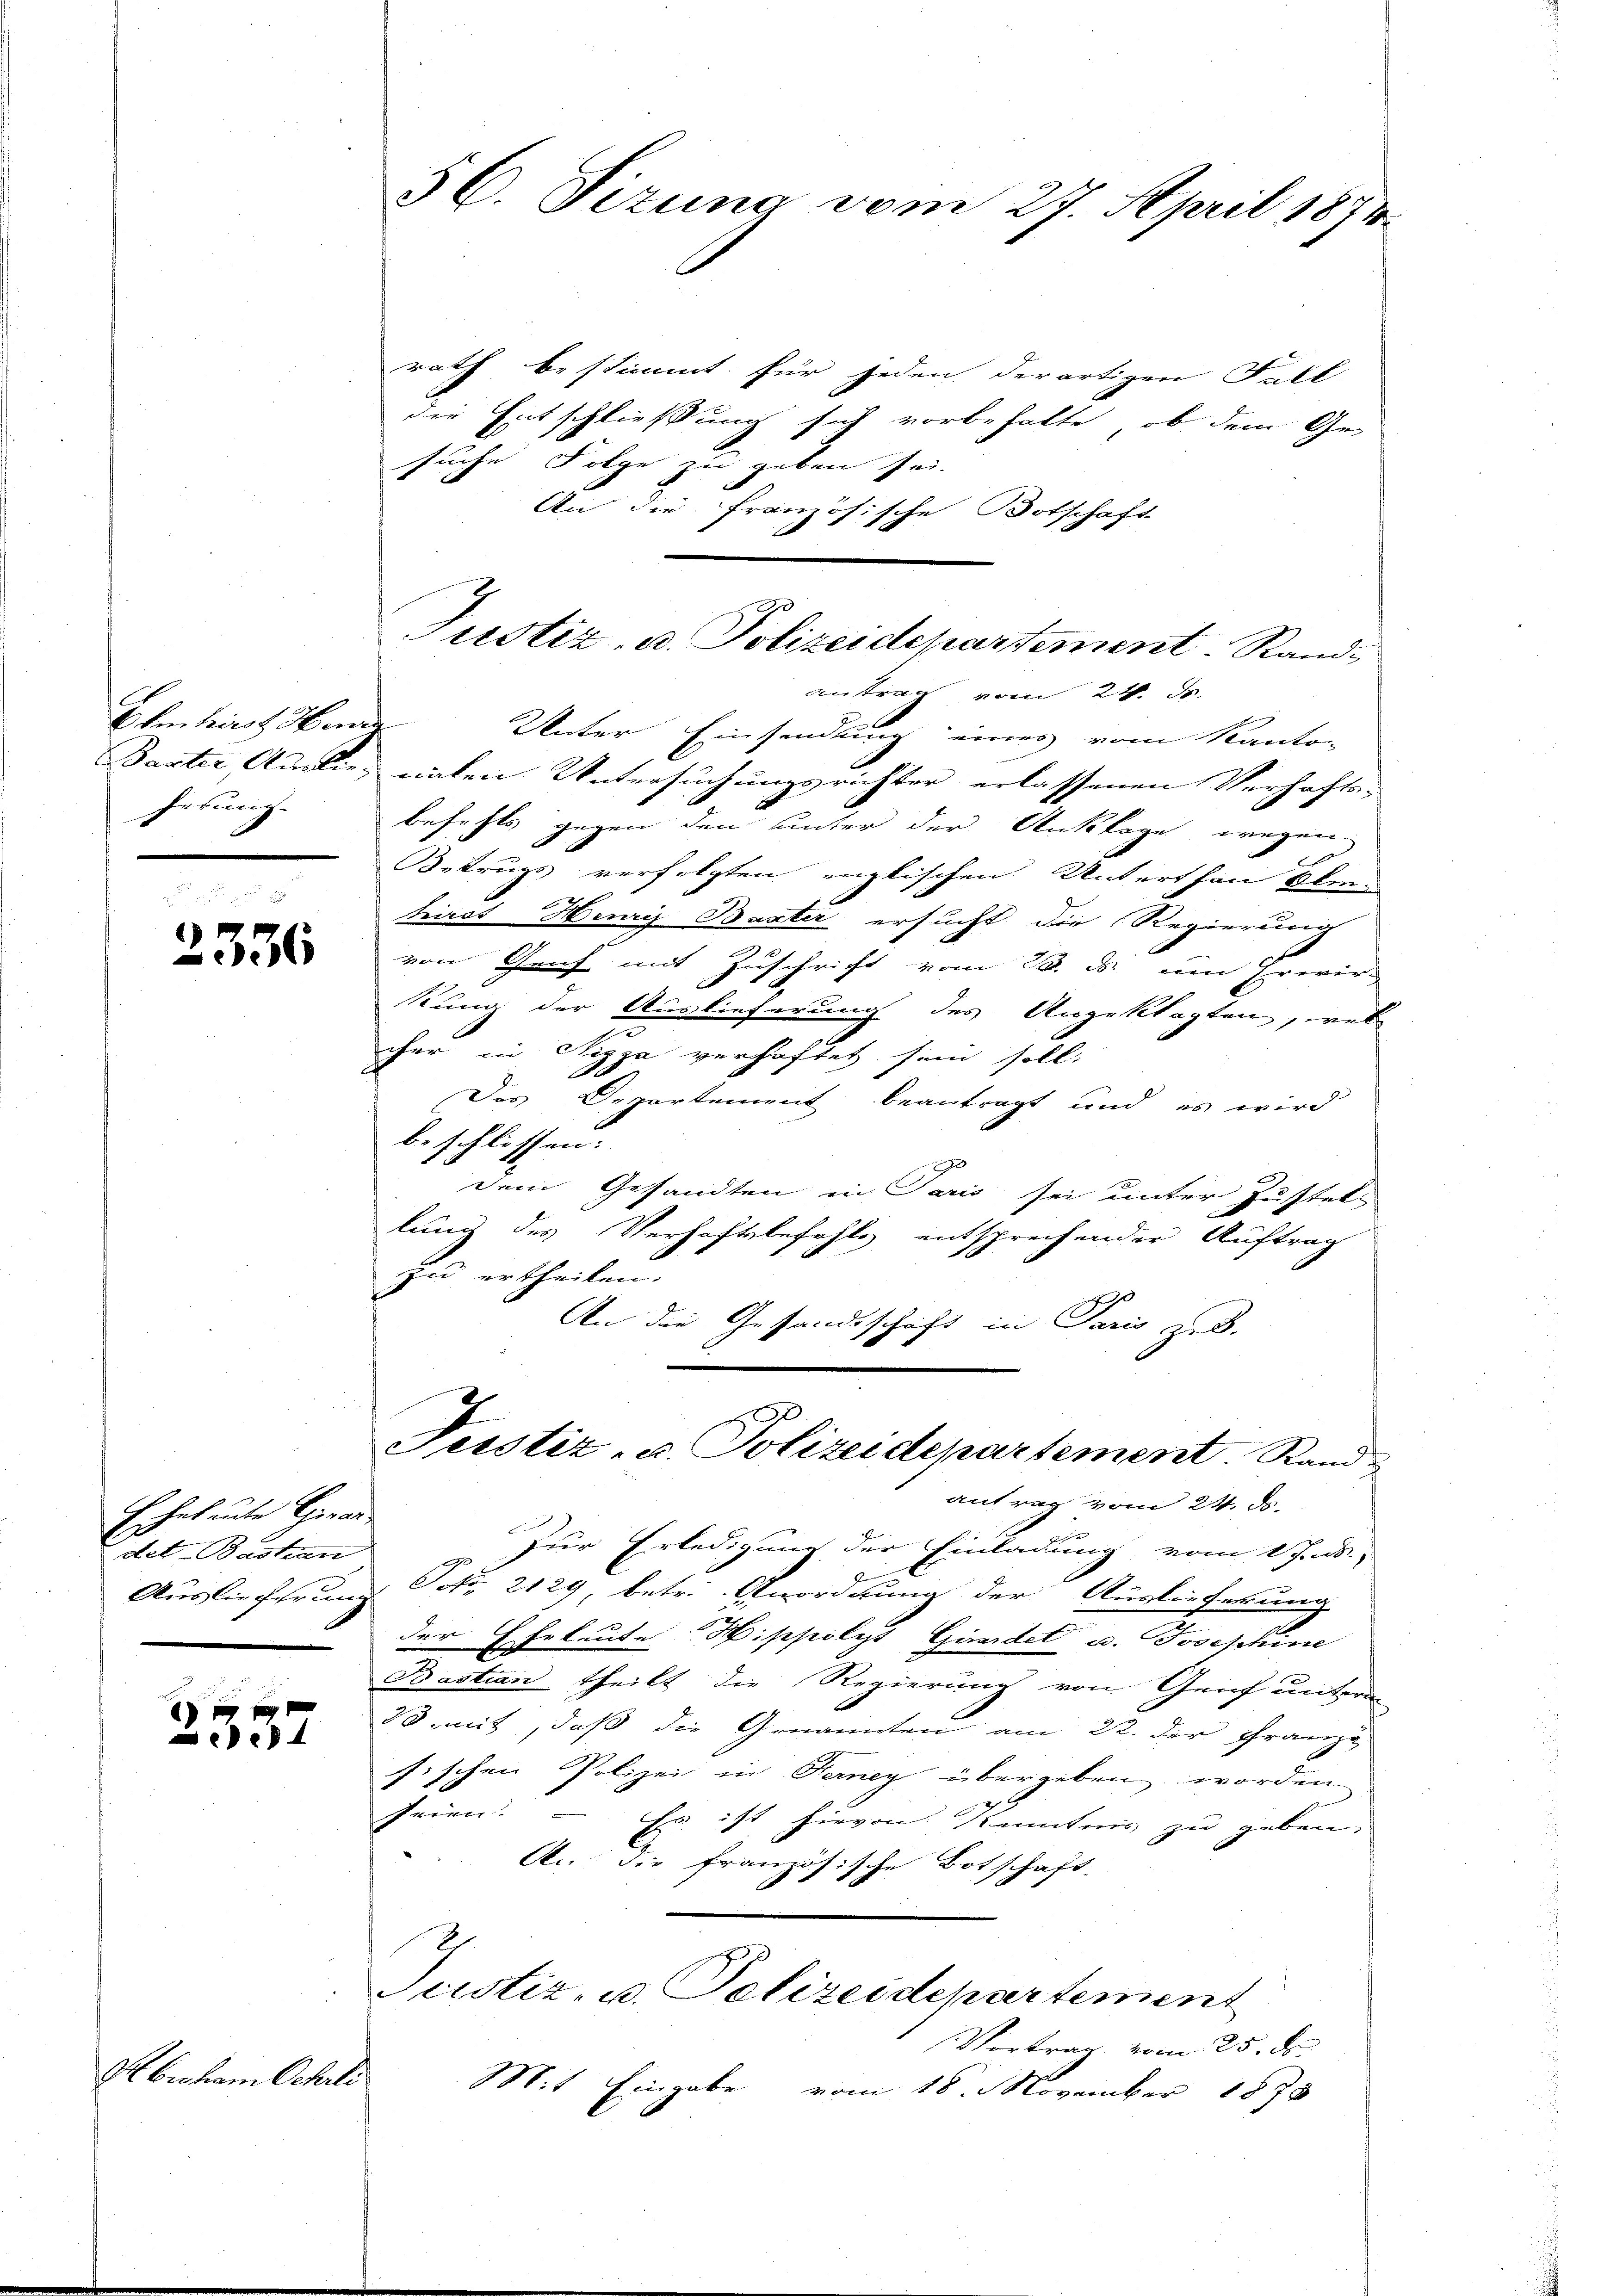
Ehmhirst Herrn
ferung.

.
Escheleute Gerade
det-Bashan

2336

2557

Abraham Scherli

56. Sizung vom 27. April 1874.

rath bestimmt für jeden derartigen Fall-
die Entschließung sich vorbehalte, ob dem Gesuche Folge zu geben sei.
An die französische Botschaft
antrag vom 24. ds.
Unter Einsendung eines vom Kanton
Baster Auslie, naten Untersuchungsrichter erlassenen Verhafts-
befehls gegen den unter der Anklage wegen
s
Betrugs verfolgten englischen Unterthan Ober¬
E
hirst Henry Bauter ersucht die Regierung
von Genf mit Zuschrift vom B. ds. um Erwir-
kung der Auslieferung des Angeklagten, wel
cher in Nizza verhaftet sein soll.
.
Das Departement beantragt und es wird
b. schlossen.
dem Gesandten in Paris sei unter Zustell
lung des Verhaftsbefehls entsprechender Auftrag
zu ertheilen.
An die Gesandtschaft in Paris zu 3.
Perstiz- u. Polizeidepartement. Stand
antrag vom 24. ds.
Zur Erledigung der Einladung, vom 1. Js.,
E
Auslieferung Oct. 2129 betr. Anordnung der Auslieferung
der Eheleute Wippolyt Gündet u. Josephine
Bastian theilt die Regierung von Grief unterm
18. mit, daß die Genannten am 22. der Franzg
sischen Polizei in Ferney übergeben worden
feien. – Es ist hievon Kenntnis zu geben:
A. Die französische Botschaft.
Justiz, u. Polizeidepartement
Vortrag vom 25. ds.
Mit Eingabe vom 18. November 1878

Justiz, u. Polizeidepartement. Rand-